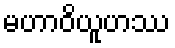
မဟာဝိယူဟဿ